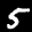
Label: 5